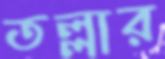
তল্লার